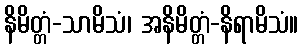
နိမိတ္တံ-သာမိသံ၊ အနိမိတ္တံ-နိရာမိသံ။